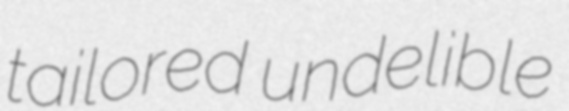
tailored undelible